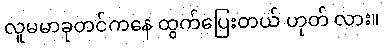
လူမမာခုတင်ကနေ ထွက်ပြေးတယ် ဟုတ် လား။